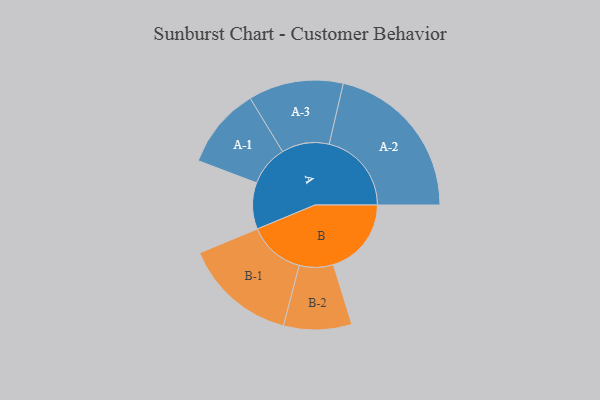
{"axis": {"x": "Segment", "y": "Value"}, "legend": ["", "A", "B"], "data": [{"x": "A", "y": 169, "type": ""}, {"x": "B", "y": 284, "type": ""}, {"x": "A-1", "y": 148, "type": "A"}, {"x": "A-2", "y": 300, "type": "A"}, {"x": "A-3", "y": 173, "type": "A"}, {"x": "B-1", "y": 206, "type": "B"}, {"x": "B-2", "y": 124, "type": "B"}]}